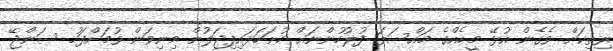
ރިތިކަށް ވެގެން އުޅޭ މީހެއްގެ މައްސަލަ ފުލުހުންނަށް ހުށަހަޅައިފިޖަލުން މިނިވަން ވުމަށްފަހު ސަންޖޭ